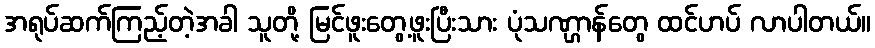
အရုပ်ဆက်ကြည့်တဲ့အခါ သူတို့ မြင်ဖူးတွေ့ဖူးပြီးသား ပုံသဏ္ဌာန်တွေ ထင်ဟပ် လာပါတယ်။